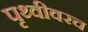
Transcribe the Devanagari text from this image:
पृथ्वीवरच